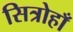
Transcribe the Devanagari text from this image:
सित्रोहाँ